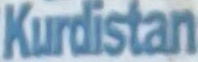
Kurdistan